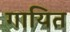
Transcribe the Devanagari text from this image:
गायित